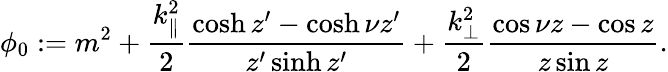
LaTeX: \phi_{0}:=m^{2}+\frac{k_{\| }^{2}}{2}\frac{\cosh z^{\prime}-\cosh\nu z^{\prime}}{z^{\prime}\sinh z^{\prime}}+\frac{k_{\bot}^{2}}{2}\frac{\cos\nu z-\cos z}{z\sin z}.